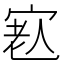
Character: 𡨳